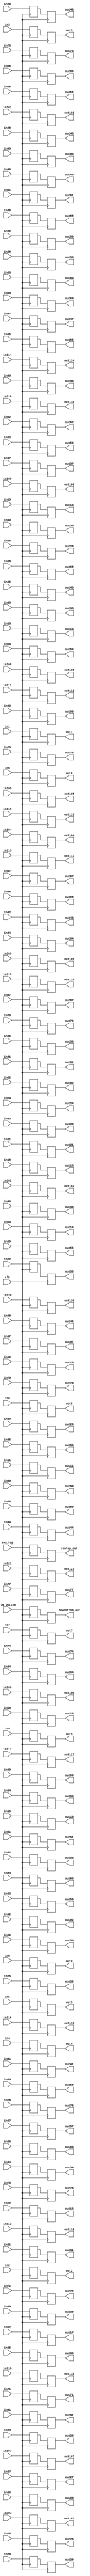
`timescale 1ns / 1ps

module EXSORT #(
    parameter DATA_WIDTH = 32, // Default DATA width, can be overridden
    parameter INPUT_WIDTH = 8
) (
    input clk,
    input [INPUT_WIDTH-1:0]  row_bottom,
    input [INPUT_WIDTH-1:0]  row_top,

    input [DATA_WIDTH-1:0] in0,
    input [DATA_WIDTH-1:0] in1,
    input [DATA_WIDTH-1:0] in2,
    input [DATA_WIDTH-1:0] in3,
    input [DATA_WIDTH-1:0] in4,
    input [DATA_WIDTH-1:0] in5,
    input [DATA_WIDTH-1:0] in6,
    input [DATA_WIDTH-1:0] in7,
    input [DATA_WIDTH-1:0] in8,
    input [DATA_WIDTH-1:0] in9,
    input [DATA_WIDTH-1:0] in10,
    input [DATA_WIDTH-1:0] in11,
    input [DATA_WIDTH-1:0] in12,
    input [DATA_WIDTH-1:0] in13,
    input [DATA_WIDTH-1:0] in14,
    input [DATA_WIDTH-1:0] in15,
    input [DATA_WIDTH-1:0] in16,
    input [DATA_WIDTH-1:0] in17,
    input [DATA_WIDTH-1:0] in18,
    input [DATA_WIDTH-1:0] in19,
    input [DATA_WIDTH-1:0] in20,
    input [DATA_WIDTH-1:0] in21,
    input [DATA_WIDTH-1:0] in22,
    input [DATA_WIDTH-1:0] in23,
    input [DATA_WIDTH-1:0] in24,
    input [DATA_WIDTH-1:0] in25,
    input [DATA_WIDTH-1:0] in26,
    input [DATA_WIDTH-1:0] in27,
    input [DATA_WIDTH-1:0] in28,
    input [DATA_WIDTH-1:0] in29,
    input [DATA_WIDTH-1:0] in30,
    input [DATA_WIDTH-1:0] in31,
    input [DATA_WIDTH-1:0] in32,
    input [DATA_WIDTH-1:0] in33,
    input [DATA_WIDTH-1:0] in34,
    input [DATA_WIDTH-1:0] in35,
    input [DATA_WIDTH-1:0] in36,
    input [DATA_WIDTH-1:0] in37,
    input [DATA_WIDTH-1:0] in38,
    input [DATA_WIDTH-1:0] in39,
    input [DATA_WIDTH-1:0] in40,
    input [DATA_WIDTH-1:0] in41,
    input [DATA_WIDTH-1:0] in42,
    input [DATA_WIDTH-1:0] in43,
    input [DATA_WIDTH-1:0] in44,
    input [DATA_WIDTH-1:0] in45,
    input [DATA_WIDTH-1:0] in46,
    input [DATA_WIDTH-1:0] in47,
    input [DATA_WIDTH-1:0] in48,
    input [DATA_WIDTH-1:0] in49,
    input [DATA_WIDTH-1:0] in50,
    input [DATA_WIDTH-1:0] in51,
    input [DATA_WIDTH-1:0] in52,
    input [DATA_WIDTH-1:0] in53,
    input [DATA_WIDTH-1:0] in54,
    input [DATA_WIDTH-1:0] in55,
    input [DATA_WIDTH-1:0] in56,
    input [DATA_WIDTH-1:0] in57,
    input [DATA_WIDTH-1:0] in58,
    input [DATA_WIDTH-1:0] in59,
    input [DATA_WIDTH-1:0] in60,
    input [DATA_WIDTH-1:0] in61,
    input [DATA_WIDTH-1:0] in62,
    input [DATA_WIDTH-1:0] in63,
    input [DATA_WIDTH-1:0] in64,
    input [DATA_WIDTH-1:0] in65,
    input [DATA_WIDTH-1:0] in66,
    input [DATA_WIDTH-1:0] in67,
    input [DATA_WIDTH-1:0] in68,
    input [DATA_WIDTH-1:0] in69,
    input [DATA_WIDTH-1:0] in70,
    input [DATA_WIDTH-1:0] in71,
    input [DATA_WIDTH-1:0] in72,
    input [DATA_WIDTH-1:0] in73,
    input [DATA_WIDTH-1:0] in74,
    input [DATA_WIDTH-1:0] in75,
    input [DATA_WIDTH-1:0] in76,
    input [DATA_WIDTH-1:0] in77,
    input [DATA_WIDTH-1:0] in78,
    input [DATA_WIDTH-1:0] in79,
    input [DATA_WIDTH-1:0] in80,
    input [DATA_WIDTH-1:0] in81,
    input [DATA_WIDTH-1:0] in82,
    input [DATA_WIDTH-1:0] in83,
    input [DATA_WIDTH-1:0] in84,
    input [DATA_WIDTH-1:0] in85,
    input [DATA_WIDTH-1:0] in86,
    input [DATA_WIDTH-1:0] in87,
    input [DATA_WIDTH-1:0] in88,
    input [DATA_WIDTH-1:0] in89,
    input [DATA_WIDTH-1:0] in90,
    input [DATA_WIDTH-1:0] in91,
    input [DATA_WIDTH-1:0] in92,
    input [DATA_WIDTH-1:0] in93,
    input [DATA_WIDTH-1:0] in94,
    input [DATA_WIDTH-1:0] in95,
    input [DATA_WIDTH-1:0] in96,
    input [DATA_WIDTH-1:0] in97,
    input [DATA_WIDTH-1:0] in98,
    input [DATA_WIDTH-1:0] in99,
    input [DATA_WIDTH-1:0] in100,
    input [DATA_WIDTH-1:0] in101,
    input [DATA_WIDTH-1:0] in102,
    input [DATA_WIDTH-1:0] in103,
    input [DATA_WIDTH-1:0] in104,
    input [DATA_WIDTH-1:0] in105,
    input [DATA_WIDTH-1:0] in106,
    input [DATA_WIDTH-1:0] in107,
    input [DATA_WIDTH-1:0] in108,
    input [DATA_WIDTH-1:0] in109,
    input [DATA_WIDTH-1:0] in110,
    input [DATA_WIDTH-1:0] in111,
    input [DATA_WIDTH-1:0] in112,
    input [DATA_WIDTH-1:0] in113,
    input [DATA_WIDTH-1:0] in114,
    input [DATA_WIDTH-1:0] in115,
    input [DATA_WIDTH-1:0] in116,
    input [DATA_WIDTH-1:0] in117,
    input [DATA_WIDTH-1:0] in118,
    input [DATA_WIDTH-1:0] in119,
    input [DATA_WIDTH-1:0] in120,
    input [DATA_WIDTH-1:0] in121,
    
    output reg [DATA_WIDTH-1:0] out0,
    output reg [DATA_WIDTH-1:0] out1,
    output reg [DATA_WIDTH-1:0] out2,
    output reg [DATA_WIDTH-1:0] out3,
    output reg [DATA_WIDTH-1:0] out4,
    output reg [DATA_WIDTH-1:0] out5,
    output reg [DATA_WIDTH-1:0] out6,
    output reg [DATA_WIDTH-1:0] out7,
    output reg [DATA_WIDTH-1:0] out8,
    output reg [DATA_WIDTH-1:0] out9,
    output reg [DATA_WIDTH-1:0] out10,
    output reg [DATA_WIDTH-1:0] out11,
    output reg [DATA_WIDTH-1:0] out12,
    output reg [DATA_WIDTH-1:0] out13,
    output reg [DATA_WIDTH-1:0] out14,
    output reg [DATA_WIDTH-1:0] out15,
    output reg [DATA_WIDTH-1:0] out16,
    output reg [DATA_WIDTH-1:0] out17,
    output reg [DATA_WIDTH-1:0] out18,
    output reg [DATA_WIDTH-1:0] out19,
    output reg [DATA_WIDTH-1:0] out20,
    output reg [DATA_WIDTH-1:0] out21,
    output reg [DATA_WIDTH-1:0] out22,
    output reg [DATA_WIDTH-1:0] out23,
    output reg [DATA_WIDTH-1:0] out24,
    output reg [DATA_WIDTH-1:0] out25,
    output reg [DATA_WIDTH-1:0] out26,
    output reg [DATA_WIDTH-1:0] out27,
    output reg [DATA_WIDTH-1:0] out28,
    output reg [DATA_WIDTH-1:0] out29,
    output reg [DATA_WIDTH-1:0] out30,
    output reg [DATA_WIDTH-1:0] out31,
    output reg [DATA_WIDTH-1:0] out32,
    output reg [DATA_WIDTH-1:0] out33,
    output reg [DATA_WIDTH-1:0] out34,
    output reg [DATA_WIDTH-1:0] out35,
    output reg [DATA_WIDTH-1:0] out36,
    output reg [DATA_WIDTH-1:0] out37,
    output reg [DATA_WIDTH-1:0] out38,
    output reg [DATA_WIDTH-1:0] out39,
    output reg [DATA_WIDTH-1:0] out40,
    output reg [DATA_WIDTH-1:0] out41,
    output reg [DATA_WIDTH-1:0] out42,
    output reg [DATA_WIDTH-1:0] out43,
    output reg [DATA_WIDTH-1:0] out44,
    output reg [DATA_WIDTH-1:0] out45,
    output reg [DATA_WIDTH-1:0] out46,
    output reg [DATA_WIDTH-1:0] out47,
    output reg [DATA_WIDTH-1:0] out48,
    output reg [DATA_WIDTH-1:0] out49,
    output reg [DATA_WIDTH-1:0] out50,
    output reg [DATA_WIDTH-1:0] out51,
    output reg [DATA_WIDTH-1:0] out52,
    output reg [DATA_WIDTH-1:0] out53,
    output reg [DATA_WIDTH-1:0] out54,
    output reg [DATA_WIDTH-1:0] out55,
    output reg [DATA_WIDTH-1:0] out56,
    output reg [DATA_WIDTH-1:0] out57,
    output reg [DATA_WIDTH-1:0] out58,
    output reg [DATA_WIDTH-1:0] out59,
    output reg [DATA_WIDTH-1:0] out60,
    output reg [DATA_WIDTH-1:0] out61,
    output reg [DATA_WIDTH-1:0] out62,
    output reg [DATA_WIDTH-1:0] out63,
    output reg [DATA_WIDTH-1:0] out64,
    output reg [DATA_WIDTH-1:0] out65,
    output reg [DATA_WIDTH-1:0] out66,
    output reg [DATA_WIDTH-1:0] out67,
    output reg [DATA_WIDTH-1:0] out68,
    output reg [DATA_WIDTH-1:0] out69,
    output reg [DATA_WIDTH-1:0] out70,
    output reg [DATA_WIDTH-1:0] out71,
    output reg [DATA_WIDTH-1:0] out72,
    output reg [DATA_WIDTH-1:0] out73,
    output reg [DATA_WIDTH-1:0] out74,
    output reg [DATA_WIDTH-1:0] out75,
    output reg [DATA_WIDTH-1:0] out76,
    output reg [DATA_WIDTH-1:0] out77,
    output reg [DATA_WIDTH-1:0] out78,
    output reg [DATA_WIDTH-1:0] out79,
    output reg [DATA_WIDTH-1:0] out80,
    output reg [DATA_WIDTH-1:0] out81,
    output reg [DATA_WIDTH-1:0] out82,
    output reg [DATA_WIDTH-1:0] out83,
    output reg [DATA_WIDTH-1:0] out84,
    output reg [DATA_WIDTH-1:0] out85,
    output reg [DATA_WIDTH-1:0] out86,
    output reg [DATA_WIDTH-1:0] out87,
    output reg [DATA_WIDTH-1:0] out88,
    output reg [DATA_WIDTH-1:0] out89,
    output reg [DATA_WIDTH-1:0] out90,
    output reg [DATA_WIDTH-1:0] out91,
    output reg [DATA_WIDTH-1:0] out92,
    output reg [DATA_WIDTH-1:0] out93,
    output reg [DATA_WIDTH-1:0] out94,
    output reg [DATA_WIDTH-1:0] out95,
    output reg [DATA_WIDTH-1:0] out96,
    output reg [DATA_WIDTH-1:0] out97,
    output reg [DATA_WIDTH-1:0] out98,
    output reg [DATA_WIDTH-1:0] out99,
    output reg [DATA_WIDTH-1:0] out100,
    output reg [DATA_WIDTH-1:0] out101,
    output reg [DATA_WIDTH-1:0] out102,
    output reg [DATA_WIDTH-1:0] out103,
    output reg [DATA_WIDTH-1:0] out104,
    output reg [DATA_WIDTH-1:0] out105,
    output reg [DATA_WIDTH-1:0] out106,
    output reg [DATA_WIDTH-1:0] out107,
    output reg [DATA_WIDTH-1:0] out108,
    output reg [DATA_WIDTH-1:0] out109,
    output reg [DATA_WIDTH-1:0] out110,
    output reg [DATA_WIDTH-1:0] out111,
    output reg [DATA_WIDTH-1:0] out112,
    output reg [DATA_WIDTH-1:0] out113,
    output reg [DATA_WIDTH-1:0] out114,
    output reg [DATA_WIDTH-1:0] out115,
    output reg [DATA_WIDTH-1:0] out116,
    output reg [DATA_WIDTH-1:0] out117,
    output reg [DATA_WIDTH-1:0] out118,
    output reg [DATA_WIDTH-1:0] out119,
    output reg [DATA_WIDTH-1:0] out120,
    output reg [DATA_WIDTH-1:0] out121,
    output reg [INPUT_WIDTH-1:0] rowtop_out,
    output reg [INPUT_WIDTH-1:0] rowbottom_out
);

    // Initial block to set the initial maximum
    reg [DATA_WIDTH-1:0] outTemp0;
    reg [DATA_WIDTH-1:0] outTemp1;
    reg [DATA_WIDTH-1:0] outTemp2;
    reg [DATA_WIDTH-1:0] outTemp3;
    reg [DATA_WIDTH-1:0] outTemp4;
    reg [DATA_WIDTH-1:0] outTemp5;
    reg [DATA_WIDTH-1:0] outTemp6;
    reg [DATA_WIDTH-1:0] outTemp7;
    reg [DATA_WIDTH-1:0] outTemp8;
    reg [DATA_WIDTH-1:0] outTemp9;
    reg [DATA_WIDTH-1:0] outTemp10;
    reg [DATA_WIDTH-1:0] outTemp11;
    reg [DATA_WIDTH-1:0] outTemp12;
    reg [DATA_WIDTH-1:0] outTemp13;
    reg [DATA_WIDTH-1:0] outTemp14;
    reg [DATA_WIDTH-1:0] outTemp15;
    reg [DATA_WIDTH-1:0] outTemp16;
    reg [DATA_WIDTH-1:0] outTemp17;
    reg [DATA_WIDTH-1:0] outTemp18;
    reg [DATA_WIDTH-1:0] outTemp19;
    reg [DATA_WIDTH-1:0] outTemp20;
    reg [DATA_WIDTH-1:0] outTemp21;
    reg [DATA_WIDTH-1:0] outTemp22;
    reg [DATA_WIDTH-1:0] outTemp23;
    reg [DATA_WIDTH-1:0] outTemp24;
    reg [DATA_WIDTH-1:0] outTemp25;
    reg [DATA_WIDTH-1:0] outTemp26;
    reg [DATA_WIDTH-1:0] outTemp27;
    reg [DATA_WIDTH-1:0] outTemp28;
    reg [DATA_WIDTH-1:0] outTemp29;
    reg [DATA_WIDTH-1:0] outTemp30;
    reg [DATA_WIDTH-1:0] outTemp31;
    reg [DATA_WIDTH-1:0] outTemp32;
    reg [DATA_WIDTH-1:0] outTemp33;
    reg [DATA_WIDTH-1:0] outTemp34;
    reg [DATA_WIDTH-1:0] outTemp35;
    reg [DATA_WIDTH-1:0] outTemp36;
    reg [DATA_WIDTH-1:0] outTemp37;
    reg [DATA_WIDTH-1:0] outTemp38;
    reg [DATA_WIDTH-1:0] outTemp39;
    reg [DATA_WIDTH-1:0] outTemp40;
    reg [DATA_WIDTH-1:0] outTemp41;
    reg [DATA_WIDTH-1:0] outTemp42;
    reg [DATA_WIDTH-1:0] outTemp43;
    reg [DATA_WIDTH-1:0] outTemp44;
    reg [DATA_WIDTH-1:0] outTemp45;
    reg [DATA_WIDTH-1:0] outTemp46;
    reg [DATA_WIDTH-1:0] outTemp47;
    reg [DATA_WIDTH-1:0] outTemp48;
    reg [DATA_WIDTH-1:0] outTemp49;
    reg [DATA_WIDTH-1:0] outTemp50;
    reg [DATA_WIDTH-1:0] outTemp51;
    reg [DATA_WIDTH-1:0] outTemp52;
    reg [DATA_WIDTH-1:0] outTemp53;
    reg [DATA_WIDTH-1:0] outTemp54;
    reg [DATA_WIDTH-1:0] outTemp55;
    reg [DATA_WIDTH-1:0] outTemp56;
    reg [DATA_WIDTH-1:0] outTemp57;
    reg [DATA_WIDTH-1:0] outTemp58;
    reg [DATA_WIDTH-1:0] outTemp59;
    reg [DATA_WIDTH-1:0] outTemp60;
    reg [DATA_WIDTH-1:0] outTemp61;
    reg [DATA_WIDTH-1:0] outTemp62;
    reg [DATA_WIDTH-1:0] outTemp63;
    reg [DATA_WIDTH-1:0] outTemp64;
    reg [DATA_WIDTH-1:0] outTemp65;
    reg [DATA_WIDTH-1:0] outTemp66;
    reg [DATA_WIDTH-1:0] outTemp67;
    reg [DATA_WIDTH-1:0] outTemp68;
    reg [DATA_WIDTH-1:0] outTemp69;
    reg [DATA_WIDTH-1:0] outTemp70;
    reg [DATA_WIDTH-1:0] outTemp71;
    reg [DATA_WIDTH-1:0] outTemp72;
    reg [DATA_WIDTH-1:0] outTemp73;
    reg [DATA_WIDTH-1:0] outTemp74;
    reg [DATA_WIDTH-1:0] outTemp75;
    reg [DATA_WIDTH-1:0] outTemp76;
    reg [DATA_WIDTH-1:0] outTemp77;
    reg [DATA_WIDTH-1:0] outTemp78;
    reg [DATA_WIDTH-1:0] outTemp79;
    reg [DATA_WIDTH-1:0] outTemp80;
    reg [DATA_WIDTH-1:0] outTemp81;
    reg [DATA_WIDTH-1:0] outTemp82;
    reg [DATA_WIDTH-1:0] outTemp83;
    reg [DATA_WIDTH-1:0] outTemp84;
    reg [DATA_WIDTH-1:0] outTemp85;
    reg [DATA_WIDTH-1:0] outTemp86;
    reg [DATA_WIDTH-1:0] outTemp87;
    reg [DATA_WIDTH-1:0] outTemp88;
    reg [DATA_WIDTH-1:0] outTemp89;
    reg [DATA_WIDTH-1:0] outTemp90;
    reg [DATA_WIDTH-1:0] outTemp91;
    reg [DATA_WIDTH-1:0] outTemp92;
    reg [DATA_WIDTH-1:0] outTemp93;
    reg [DATA_WIDTH-1:0] outTemp94;
    reg [DATA_WIDTH-1:0] outTemp95;
    reg [DATA_WIDTH-1:0] outTemp96;
    reg [DATA_WIDTH-1:0] outTemp97;
    reg [DATA_WIDTH-1:0] outTemp98;
    reg [DATA_WIDTH-1:0] outTemp99;
    reg [DATA_WIDTH-1:0] outTemp100;
    reg [DATA_WIDTH-1:0] outTemp101;
    reg [DATA_WIDTH-1:0] outTemp102;
    reg [DATA_WIDTH-1:0] outTemp103;
    reg [DATA_WIDTH-1:0] outTemp104;
    reg [DATA_WIDTH-1:0] outTemp105;
    reg [DATA_WIDTH-1:0] outTemp106;
    reg [DATA_WIDTH-1:0] outTemp107;
    reg [DATA_WIDTH-1:0] outTemp108;
    reg [DATA_WIDTH-1:0] outTemp109;
    reg [DATA_WIDTH-1:0] outTemp110;
    reg [DATA_WIDTH-1:0] outTemp111;
    reg [DATA_WIDTH-1:0] outTemp112;
    reg [DATA_WIDTH-1:0] outTemp113;
    reg [DATA_WIDTH-1:0] outTemp114;
    reg [DATA_WIDTH-1:0] outTemp115;
    reg [DATA_WIDTH-1:0] outTemp116;
    reg [DATA_WIDTH-1:0] outTemp117;
    reg [DATA_WIDTH-1:0] outTemp118;
    reg [DATA_WIDTH-1:0] outTemp119;
    reg [DATA_WIDTH-1:0] outTemp120;
    reg [DATA_WIDTH-1:0] outTemp121;
    
    reg [INPUT_WIDTH-1:0] outRowTop;
    reg [INPUT_WIDTH-1:0] outRowBot;

    // Always block to find the maximum
    always @ (posedge clk) begin
        outTemp0 <= in0;
        outTemp1 <= in1;
        outTemp2 <= in2;
        outTemp3 <= in3;
        outTemp4 <= in4;
        outTemp5 <= in5;
        outTemp6 <= in6;
        outTemp7 <= in7;
        outTemp8 <= in8;
        outTemp9 <= in9;
        outTemp10 <= in10;
        outTemp11 <= in11;
        outTemp12 <= in12;
        outTemp13 <= in13;
        outTemp14 <= in14;
        outTemp15 <= in15;
        outTemp16 <= in16;
        outTemp17 <= in17;
        outTemp18 <= in18;
        outTemp19 <= in19;
        outTemp20 <= in20;
        outTemp21 <= in21;
        outTemp22 <= in22;
        outTemp23 <= in23;
        outTemp24 <= in24;
        outTemp25 <= in25;
        outTemp26 <= in26;
        outTemp27 <= in27;
        outTemp28 <= in28;
        outTemp29 <= in29;
        outTemp30 <= in30;
        outTemp31 <= in31;
        outTemp32 <= in32;
        outTemp33 <= in33;
        outTemp34 <= in34;
        outTemp35 <= in35;
        outTemp36 <= in36;
        outTemp37 <= in37;
        outTemp38 <= in38;
        outTemp39 <= in39;
        outTemp40 <= in40;
        outTemp41 <= in41;
        outTemp42 <= in42;
        outTemp43 <= in43;
        outTemp44 <= in44;
        outTemp45 <= in45;
        outTemp46 <= in46;
        outTemp47 <= in47;
        outTemp48 <= in48;
        outTemp49 <= in49;
        outTemp50 <= in50;
        outTemp51 <= in51;
        outTemp52 <= in52;
        outTemp53 <= in53;
        outTemp54 <= in54;
        outTemp55 <= in55;
        outTemp56 <= in56;
        outTemp57 <= in57;
        outTemp58 <= in58;
        outTemp59 <= in59;
        outTemp60 <= in60;
        outTemp61 <= in61;
        outTemp62 <= in62;
        outTemp63 <= in63;
        outTemp64 <= in64;
        outTemp65 <= in65;
        outTemp66 <= in66;
        outTemp67 <= in67;
        outTemp68 <= in68;
        outTemp69 <= in69;
        outTemp70 <= in70;
        outTemp71 <= in71;
        outTemp72 <= in72;
        outTemp73 <= in73;
        outTemp74 <= in74;
        outTemp75 <= in75;
        outTemp76 <= in76;
        outTemp77 <= in77;
        outTemp78 <= in78;
        outTemp79 <= in79;
        outTemp80 <= in80;
        outTemp81 <= in81;
        outTemp82 <= in82;
        outTemp83 <= in83;
        outTemp84 <= in84;
        outTemp85 <= in85;
        outTemp86 <= in86;
        outTemp87 <= in87;
        outTemp88 <= in88;
        outTemp89 <= in89;
        outTemp90 <= in90;
        outTemp91 <= in91;
        outTemp92 <= in92;
        outTemp93 <= in93;
        outTemp94 <= in94;
        outTemp95 <= in95;
        outTemp96 <= in96;
        outTemp97 <= in97;
        outTemp98 <= in98;
        outTemp99 <= in99;
        outTemp100 <= in100;
        outTemp101 <= in101;
        outTemp102 <= in102;
        outTemp103 <= in103;
        outTemp104 <= in104;
        outTemp105 <= in105;
        outTemp106 <= in106;
        outTemp107 <= in107;
        outTemp108 <= in108;
        outTemp109 <= in109;
        outTemp110 <= in110;
        outTemp111 <= in111;
        outTemp112 <= in112;
        outTemp113 <= in113;
        outTemp114 <= in114;
        outTemp115 <= in115;
        outTemp116 <= in116;
        outTemp117 <= in117;
        outTemp118 <= in118;
        outTemp119 <= in119;
        outTemp120 <= in120;
        outTemp121 <= in121;
        outRowTop <= row_top;
        outRowBot <= row_bottom;
    end
    always @ (negedge clk)
    begin
        out0 <= outTemp0;
        out1 <= outTemp1;
        out2 <= outTemp2;
        out3 <= outTemp3;
        out4 <= outTemp4;
        out5 <= outTemp5;
        out6 <= outTemp6;
        out7 <= outTemp7;
        out8 <= outTemp8;
        out9 <= outTemp9;
        out10 <= outTemp10;
        out11 <= outTemp11;
        out12 <= outTemp12;
        out13 <= outTemp13;
        out14 <= outTemp14;
        out15 <= outTemp15;
        out16 <= outTemp16;
        out17 <= outTemp17;
        out18 <= outTemp18;
        out19 <= outTemp19;
        out20 <= outTemp20;
        out21 <= outTemp21;
        out22 <= outTemp22;
        out23 <= outTemp23;
        out24 <= outTemp24;
        out25 <= outTemp25;
        out26 <= outTemp26;
        out27 <= outTemp27;
        out28 <= outTemp28;
        out29 <= outTemp29;
        out30 <= outTemp30;
        out31 <= outTemp31;
        out32 <= outTemp32;
        out33 <= outTemp33;
        out34 <= outTemp34;
        out35 <= outTemp35;
        out36 <= outTemp36;
        out37 <= outTemp37;
        out38 <= outTemp38;
        out39 <= outTemp39;
        out40 <= outTemp40;
        out41 <= outTemp41;
        out42 <= outTemp42;
        out43 <= outTemp43;
        out44 <= outTemp44;
        out45 <= outTemp45;
        out46 <= outTemp46;
        out47 <= outTemp47;
        out48 <= outTemp48;
        out49 <= outTemp49;
        out50 <= outTemp50;
        out51 <= outTemp51;
        out52 <= outTemp52;
        out53 <= outTemp53;
        out54 <= outTemp54;
        out55 <= outTemp55;
        out56 <= outTemp56;
        out57 <= outTemp57;
        out58 <= outTemp58;
        out59 <= outTemp59;
        out60 <= outTemp60;
        out61 <= outTemp61;
        out62 <= outTemp62;
        out63 <= outTemp63;
        out64 <= outTemp64;
        out65 <= outTemp65;
        out66 <= outTemp66;
        out67 <= outTemp67;
        out68 <= outTemp68;
        out69 <= outTemp69;
        out70 <= outTemp70;
        out71 <= outTemp71;
        out72 <= outTemp72;
        out73 <= outTemp73;
        out74 <= outTemp74;
        out75 <= outTemp75;
        out76 <= outTemp76;
        out77 <= outTemp77;
        out78 <= outTemp78;
        out79 <= outTemp79;
        out80 <= outTemp80;
        out81 <= outTemp81;
        out82 <= outTemp82;
        out83 <= outTemp83;
        out84 <= outTemp84;
        out85 <= outTemp85;
        out86 <= outTemp86;
        out87 <= outTemp87;
        out88 <= outTemp88;
        out89 <= outTemp89;
        out90 <= outTemp90;
        out91 <= outTemp91;
        out92 <= outTemp92;
        out93 <= outTemp93;
        out94 <= outTemp94;
        out95 <= outTemp95;
        out96 <= outTemp96;
        out97 <= outTemp97;
        out98 <= outTemp98;
        out99 <= outTemp99;
        out100 <= outTemp100;
        out101 <= outTemp101;
        out102 <= outTemp102;
        out103 <= outTemp103;
        out104 <= outTemp104;
        out105 <= outTemp105;
        out106 <= outTemp106;
        out107 <= outTemp107;
        out108 <= outTemp108;
        out109 <= outTemp109;
        out110 <= outTemp110;
        out111 <= outTemp111;
        out112 <= outTemp112;
        out113 <= outTemp113;
        out114 <= outTemp114;
        out115 <= outTemp115;
        out116 <= outTemp116;
        out117 <= outTemp117;
        out118 <= outTemp118;
        out119 <= outTemp119;
        out120 <= outTemp120;
        out121 <= outTemp121;
        rowtop_out <= outRowTop;
        rowbottom_out <= outRowBot;
    end
endmodule